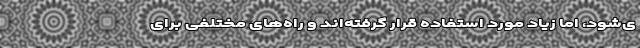
ی‌شود، اما زیاد مورد استفاده قرار گرفته‌اند و راه‌های مختلفی برای